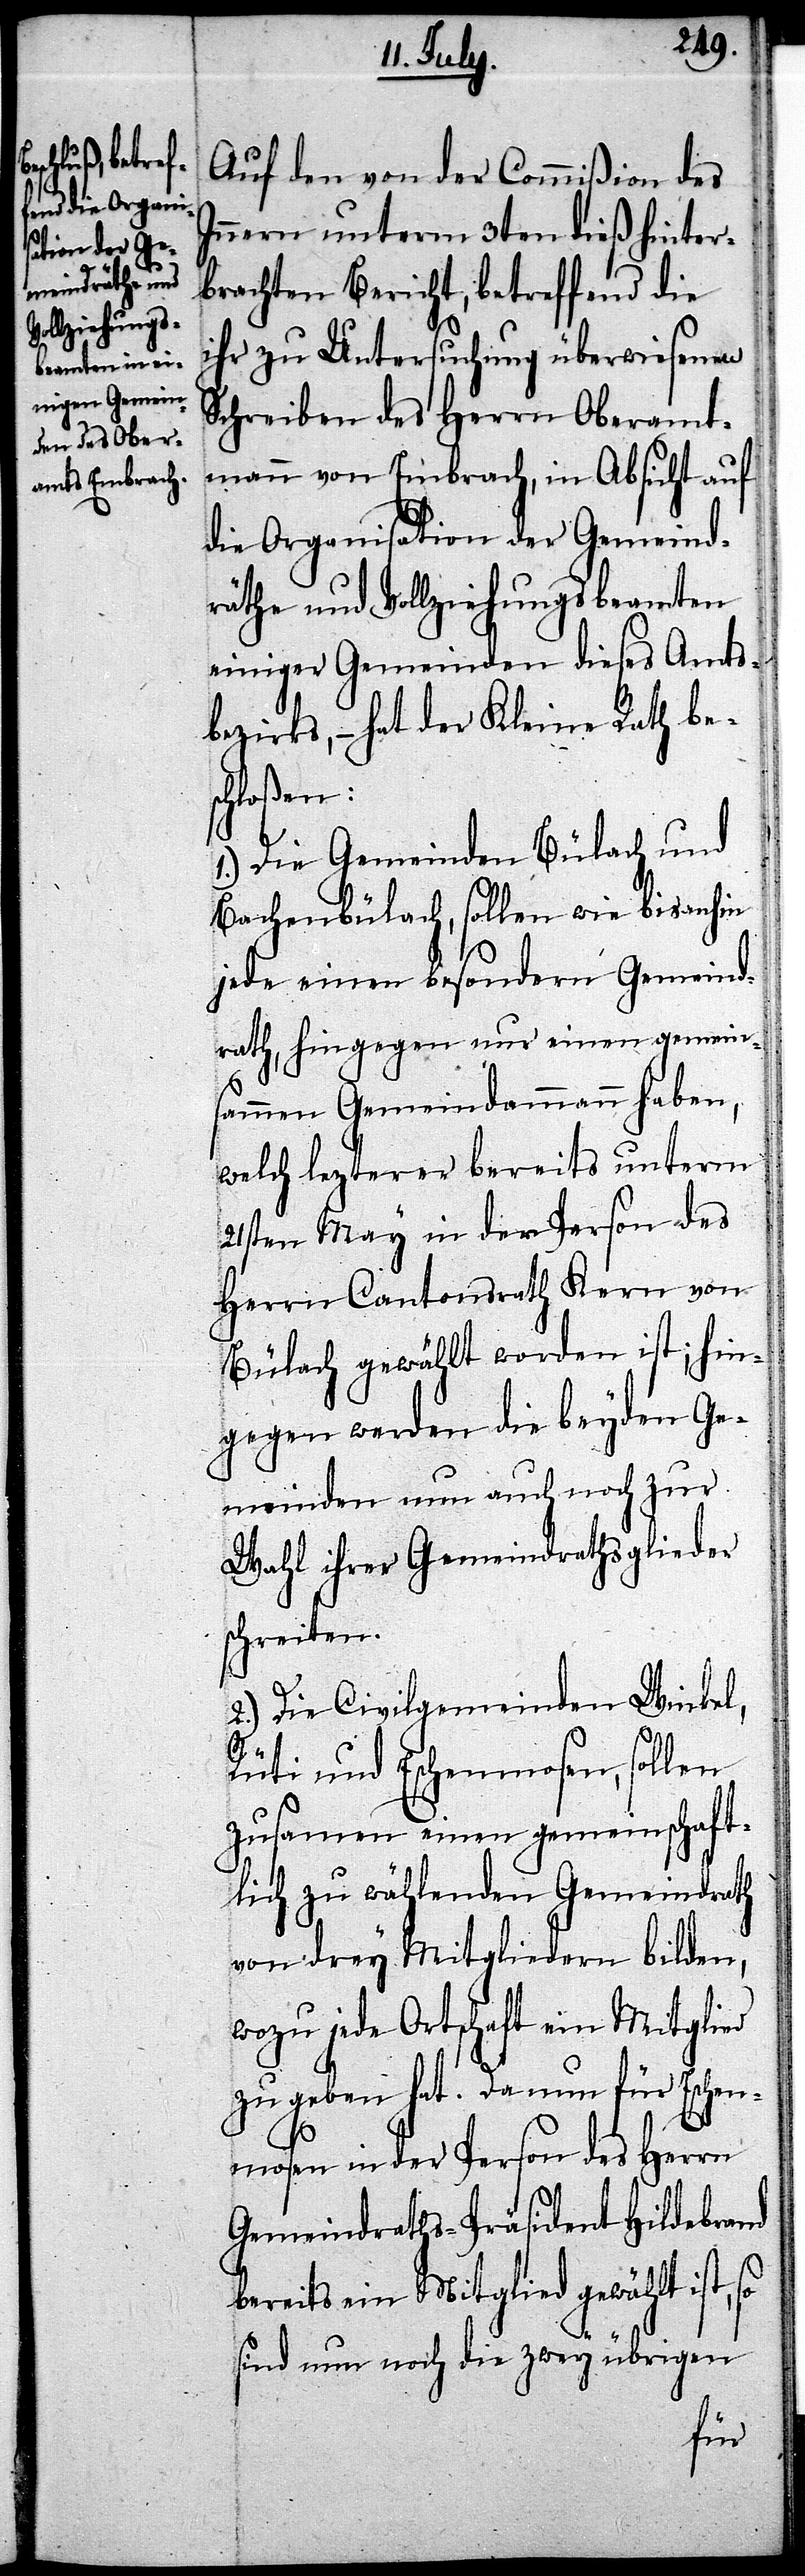
Auf den von der Commißion des
Innern unterm 3ten die hinter¬
brachten Berichte, betreffend die
ihr zu Untersuchung überwiesenen
Schreiben des Herrn Oberamt¬
mann von Embrach, in Absicht auf
die Organisation der Gemeind¬
räthe und Vollziehungsbeamten
einiger Gemeinden dieses Amts¬
bezirks, – hat der Kleine Rath bes¬
chloßen:
1.) Die Gemeinden Bülach und
Bachenbülach, sollen wie bis anhin
jede einen besondern Gemeind¬
rath, hingegen nur einen gemein¬
sammen Gemeindammann haben,
welch lezterer bereits unterm
21sten May in der Person des
Herrn Cantonsrath Kern von
Bülach gewählt worden ist; hin¬
gegen werden die beyden Ge¬
meinden nun auch noch zur
Wahl ihrer Gemeindrathsglieder
schreiten.
2.) Die Civilgemeinden Winkel,
Rüti und Eschenmosen, sollen
zusamen einen gemeinschaft¬
lich zu wählenden Gemeindrath
von drey Mitgliedern bilden,
wozu jede Ortschaft ein Mitglied
zu geben hat. Da nun für Eschen¬
mosen in der Person des Herrn
Gemeindraths-Präsident Hildebrand
bereits ein Mitglied gewählt ist, so
sind nun noch die zwey übrigen